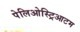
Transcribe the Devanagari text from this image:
पेलिओस्ट्रिआटम